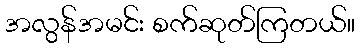
အလွန်အမင်း စက်ဆုတ်ကြတယ်။